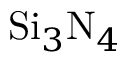
\mathrm { S i } _ { 3 } \mathrm { N } _ { 4 }